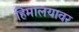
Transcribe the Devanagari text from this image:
हिमालयावर